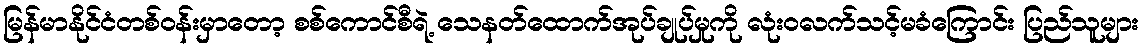
မြန်မာနိုင်ငံတစ်ဝန်းမှာတော့ စစ်ကောင်စီရဲ့ သေနတ်ထောက်အုပ်ချုပ်မှုကို လုံးဝလက်သင့်မခံကြောင်း ပြည်သူများ